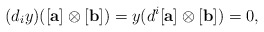
\begin{align*} (d_iy)([\mathbf{a}]\otimes [\mathbf{b}])=y(d^i[\mathbf{a}]\otimes [\mathbf{b}])=0, \end{align*}